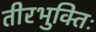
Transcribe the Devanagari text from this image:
तीरभुक्‍तिः